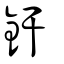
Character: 釬